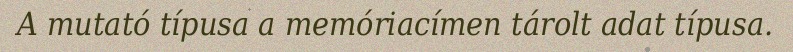
A mutató típusa a memóriacímen tárolt adat típusa.